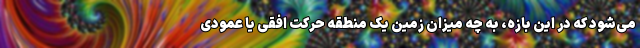
می‌شود که در این بازه، به چه میزان زمین یک منطقه حرکت افقی یا عمودی